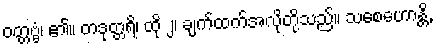
ဝတ္တဗ္ဗံ၊ ၏။ တဒုတ္တရိ၊ ထို ၂၊ ချက်ထက်အလိုတို့သည်။ သစေဟောန္တိ,